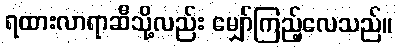
ရထားလာရာဆီသို့လည်း မျှော်ကြည့်လေသည်။